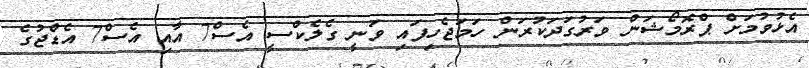
އެޅުވުމަށް ޕްރޮމޯޝަން ވަރުގަދަކުރަން ހަމަޖެހިފައި ވަނީ ގެލެކްސީ އެސް7 އާއި އެސް7 އެޑްޖުގެ